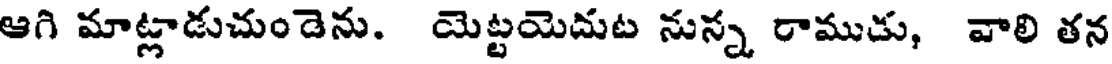
ఆగి మాట్లాడుచుండెను. యెట్టయెదుట నున్న రాముడు, వాలి తన